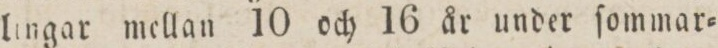
lingar mellan 10 och 16 år under ſommar=